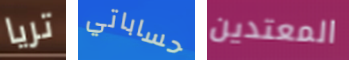
تريا حساباتي المعتدين